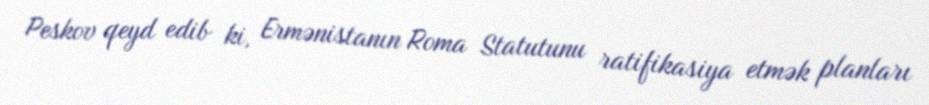
Peskov qeyd edib ki, Ermənistanın Roma Statutunu ratifikasiya etmək planları